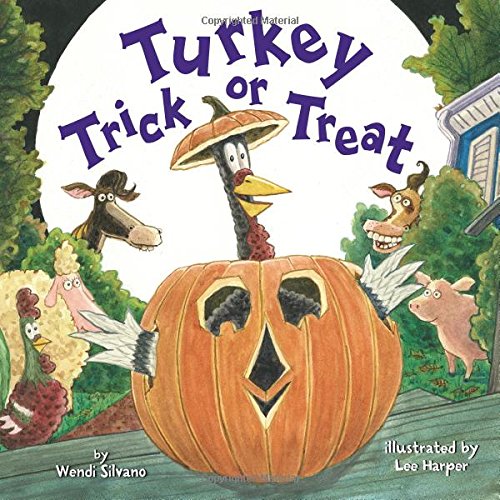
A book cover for Turkey Trick or Treat; Wendi Silvano; Children's Books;